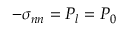
- \sigma _ { n n } = P _ { l } = P _ { 0 }